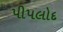
પીપલોદ